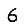
Digit: 6